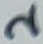
Text: 2